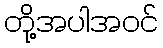
တို့အပါအဝင်